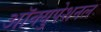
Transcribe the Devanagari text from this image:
ऑक्युपेशनल